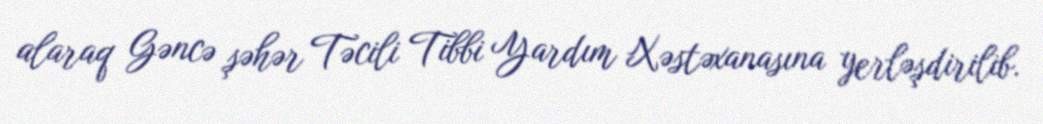
alaraq Gəncə şəhər Təcili Tibbi Yardım Xəstəxanasına yerləşdirilib.